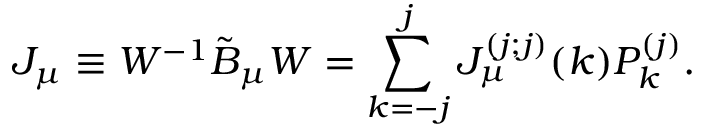
J _ { \mu } \equiv W ^ { - 1 } \tilde { B } _ { \mu } W = \sum _ { k = - j } ^ { j } J _ { \mu } ^ { ( j ; j ) } ( k ) P _ { k } ^ { ( j ) } .